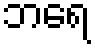
ဘရေ